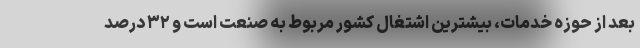
بعد از حوزه خدمات، بیشترین اشتغال کشور مربوط به صنعت است و ۳۲ درصد